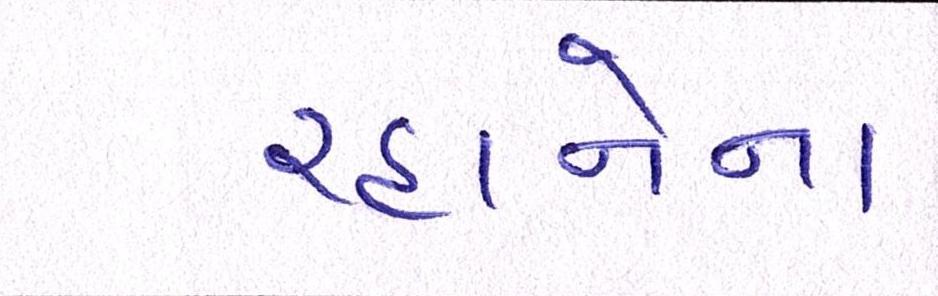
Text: રહાનેના